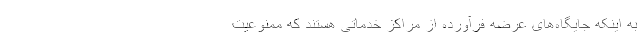
به اینکه جایگاه‌های عرضه فرآورده از مراکز خدماتی هستند که ممنوعیت